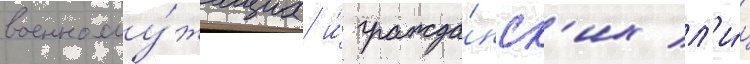
военнослу́жащих и́ гражда́нск'их л'и́ц